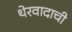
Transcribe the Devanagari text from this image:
थेरवादाची